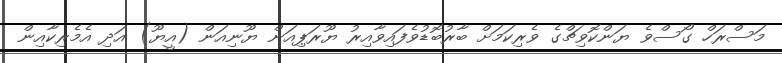
މަސްރަހް ގޯސްވެ ޔަންކޮވިޗްގެ ވެރިކަމަށް ބާރުބޮޑުވެފައިވާއިރު ޔޫރަޕިއަން ޔޫނިއަން (އީޔޫ) އަދި އެމެރިކާއިން